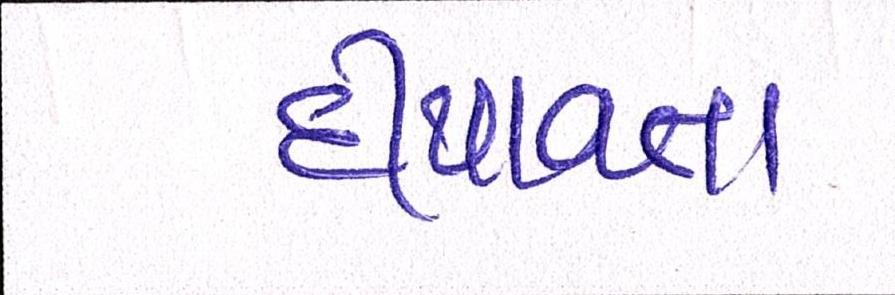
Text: દીપાવતા